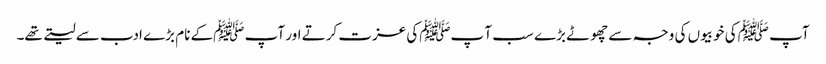
آپ ﷺکی خوبیوں کی وجہ سے چھوٹے بڑے سب آ پﷺکی عزت کرتے اور آپ ﷺکے نام بڑے ادب سے لیتے تھے۔